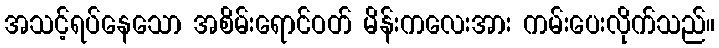
အသင့်ရပ်နေသော အစိမ်းရောင်ဝတ် မိန်းကလေးအား ကမ်းပေးလိုက်သည်။